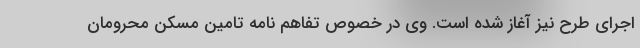
اجرای طرح نیز آغاز شده است. وی در خصوص تفاهم نامه تامین مسکن محرومان